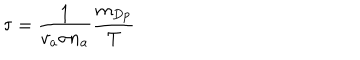
LaTeX: \tau = \frac { 1 } { v _ { a } \sigma n _ { a } } \frac { m _ { D p } } { T }